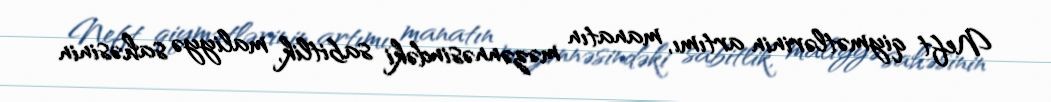
Neft qiymətlərinin artımı, manatın məzənnəsindəki sabitlik, maliyyə sahəsinin